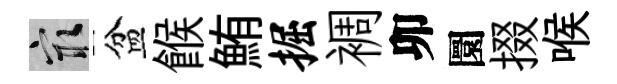
冣盆餱鮪掘裯卯圜掇喉